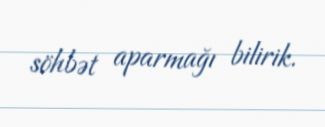
söhbət aparmağı bilirik.